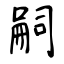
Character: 嗣